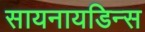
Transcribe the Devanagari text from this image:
सायनायडिन्स